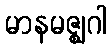
မာနမဇ္ဈဂါ